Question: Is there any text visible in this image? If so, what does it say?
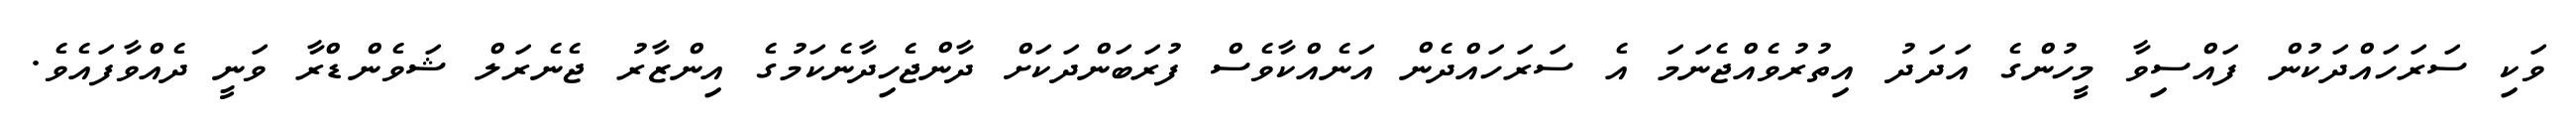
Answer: ވަކި ސަރަހައްދަކުން ފައްސިވާ މީހުންގެ އަދަދު އިތުރުވެއްޖެނަމަ އެ ސަރަހައްދެން އަނެއްކާވެސް ފުރަބަންދަކަށް ދާންޖެހިދާނެކަމުގެ އިންޒާރު ޖެނެރަލް ޝަވެންޑްރާ ވަނީ ދެއްވާފައެވެ.